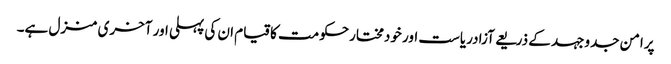
پرامن جدوجہد کے ذریعے آزادریاست اور خودمختارحکومت کاقیام ان کی پہلی اور آخری منزل ہے۔